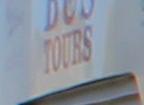
tours